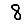
Digit: 8